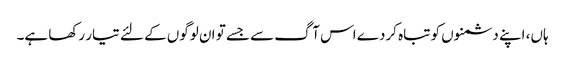
ہاں، اپنے دشمنوں کو تباہ کردے اس آگ سے جسے تو ان لوگوں کے لئے تیار رکھا ہے۔